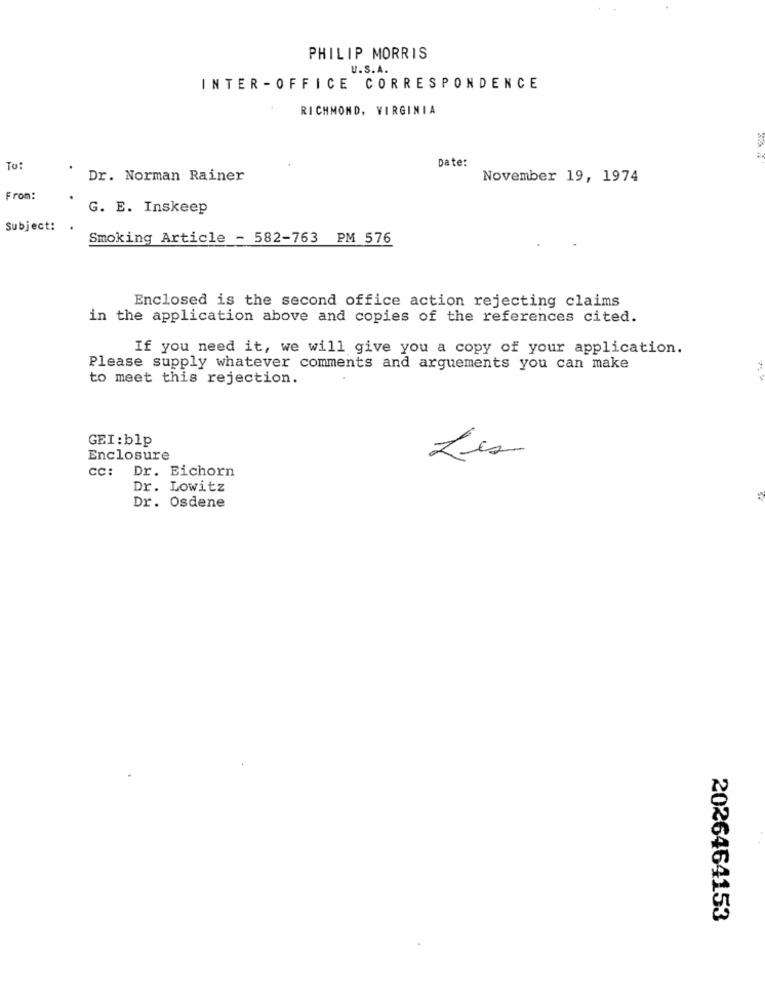
PHILIP MORRIS
U.S.A.
INTER - OFFICE CORRESPONDENCE
RICHMOND, VIRGINIA
Date:
To:
Dr. Norman Rainer
November 19, 1974
From:
G. E. Inskeep
Subject:
Smoking Article - 582-763 PM 576
Enclosed is the second office action rejecting claims
in the application above and copies of the references cited.
If you need it, we will give you a copy of your application.
Please supply whatever comments and arguements you can make
to meet this rejection.
GEI:blp
Enclosure
cc: Dr. Eichorn
Dr. Lowitz
Dr. Osdene
2026464153